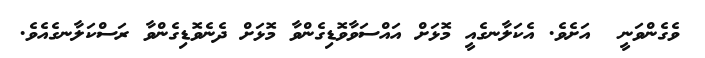
ވެގެންވަނީ  އަށެވެ. އެކަލާނގެއީ މޮޅަށް އައްސަވާވޮޑިގެންވާ މޮޅަށް ދެނެވޮޑިގެންވާ ރަސްކަލާނގެއެވެ.